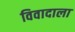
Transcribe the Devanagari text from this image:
विवादाला